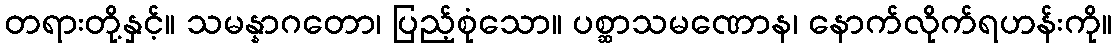
တရားတို့နှင့်။ သမန္နာဂတော၊ ပြည့်စုံသော။ ပစ္ဆာသမဏောန၊ နောက်လိုက်ရဟန်းကို။